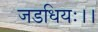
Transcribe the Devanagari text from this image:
जडधियः।।